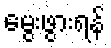
မွေးဖွားရန်